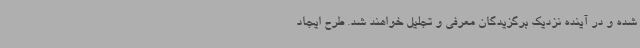
شده و در آینده نزدیک برگزیدگان معرفی و تجلیل خواهند شد. طرح ایجاد